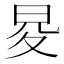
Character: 𭥨